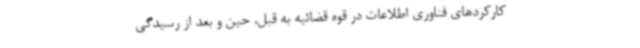
کارکردهای فناوری اطلاعات در قوه قضائیه به قبل، حین و بعد از رسیدگی